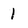
Character: 1